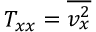
T _ { x x } = \overline { { v _ { x } ^ { 2 } } }